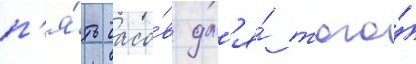
п'я́ть часо́в дл'я́ того́